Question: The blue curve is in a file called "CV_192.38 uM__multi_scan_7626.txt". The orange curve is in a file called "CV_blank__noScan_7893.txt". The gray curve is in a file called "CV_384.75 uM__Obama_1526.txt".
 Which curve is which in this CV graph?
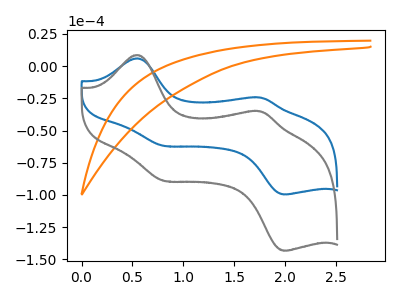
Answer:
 <answer>The blue curve is labeled "192.38 uM". The orange curve is labeled "blank". The gray curve is labeled "384.75 uM".</answer>
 <eval></eval>